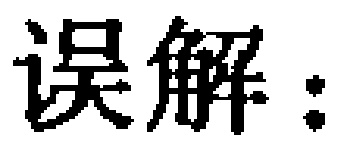
误解：